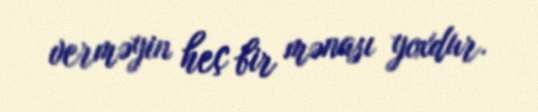
verməyin heç bir mənası yoxdur.